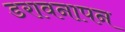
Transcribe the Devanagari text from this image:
डरावनापन